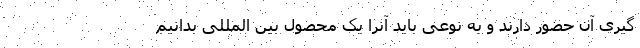
گیری آن حضور دارند و به نوعی باید آنرا یک محصول بین المللی بدانیم